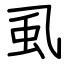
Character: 虱